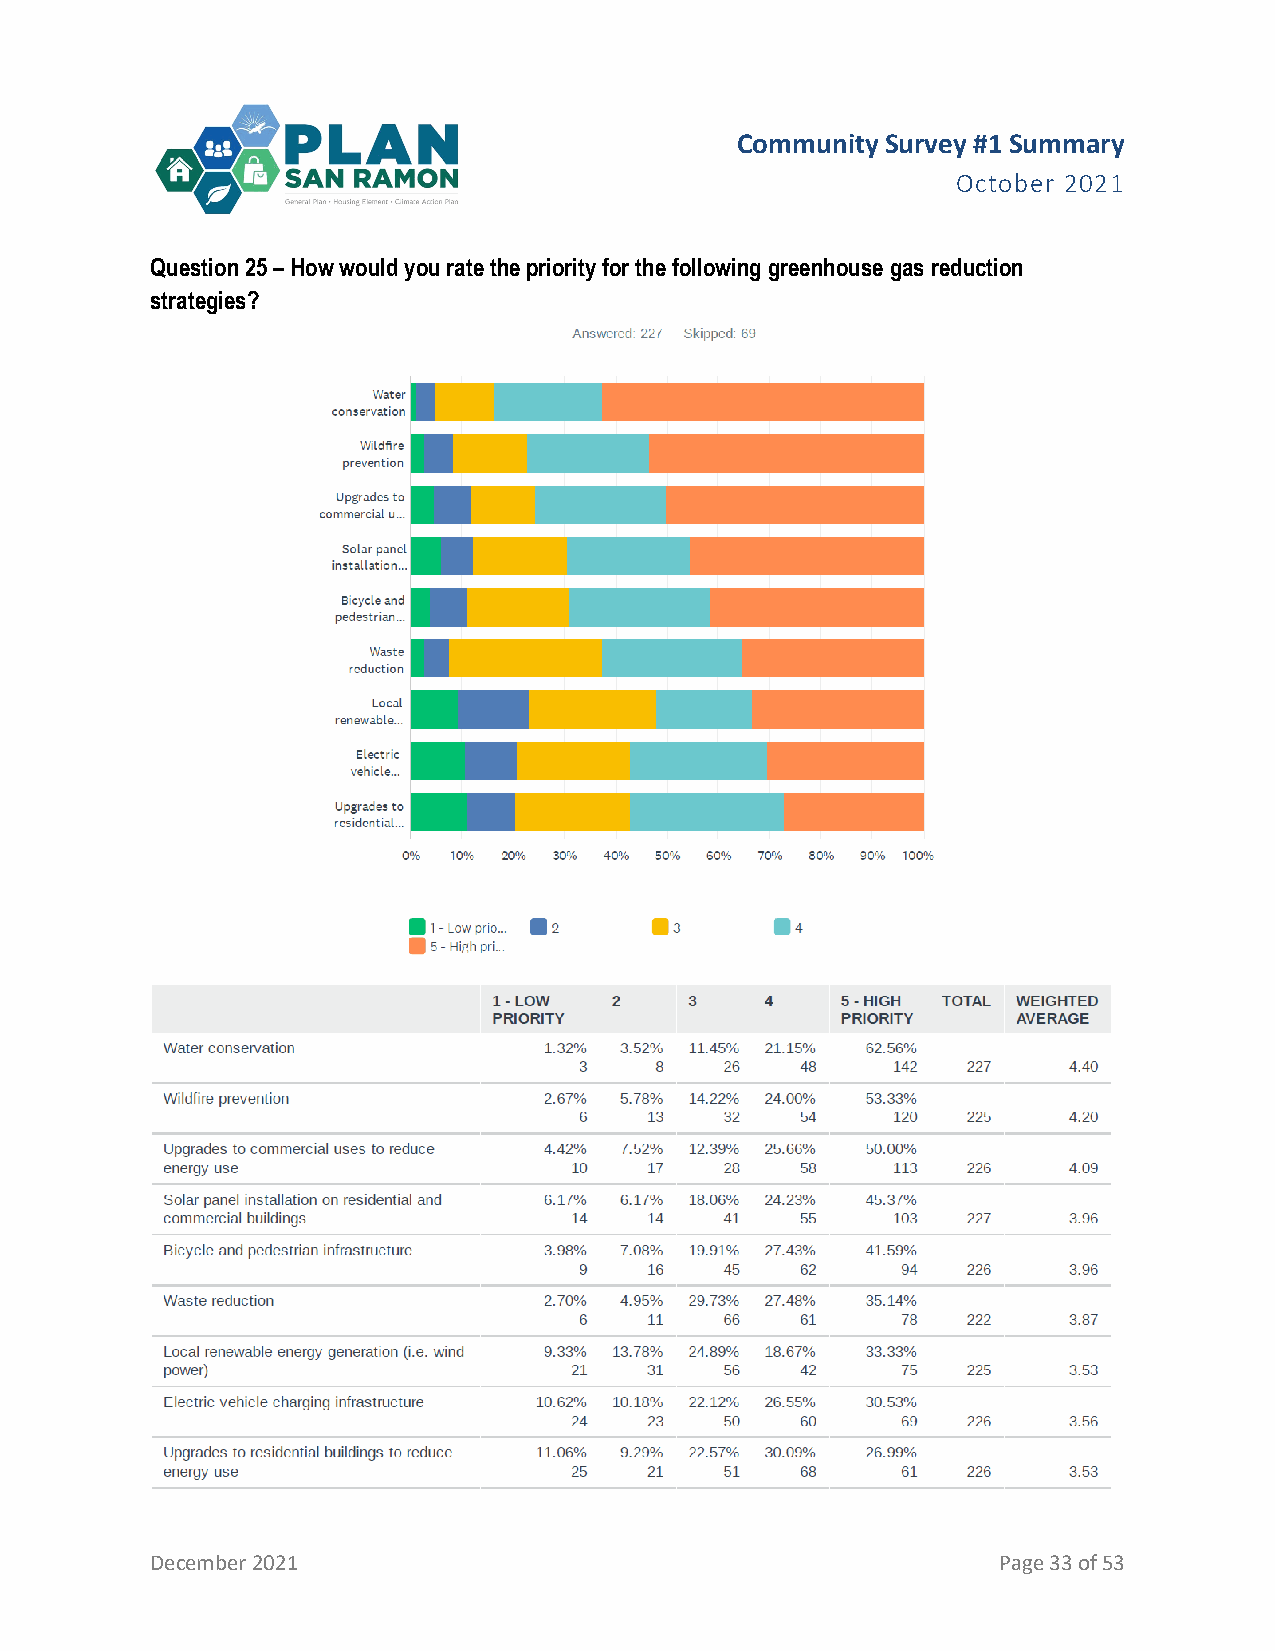
Community Survey #1 Summary
 October 2021
 Question 25 – How would you rate the priority for the following greenhouse gas reduction
 strategies?
 December 2021                                           Page 33 of 53